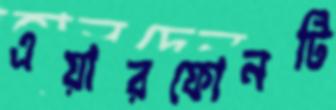
এয়ারফোনটি